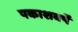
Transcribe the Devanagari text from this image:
पकाशवर्षे